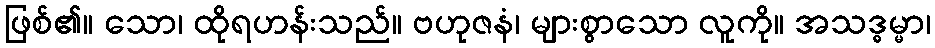
ဖြစ်၏။ သော၊ ထိုရဟန်းသည်။ ဗဟုဇနံ၊ များစွာသော လူကို။ အသဒ္ဓမ္မာ၊